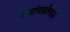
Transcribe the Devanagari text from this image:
खंडांपाठोपाठ